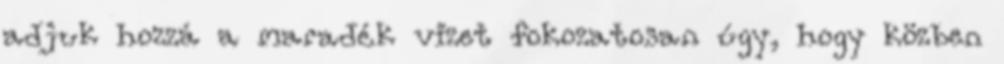
adjuk hozzá a maradék vizet fokozatosan úgy, hogy közben